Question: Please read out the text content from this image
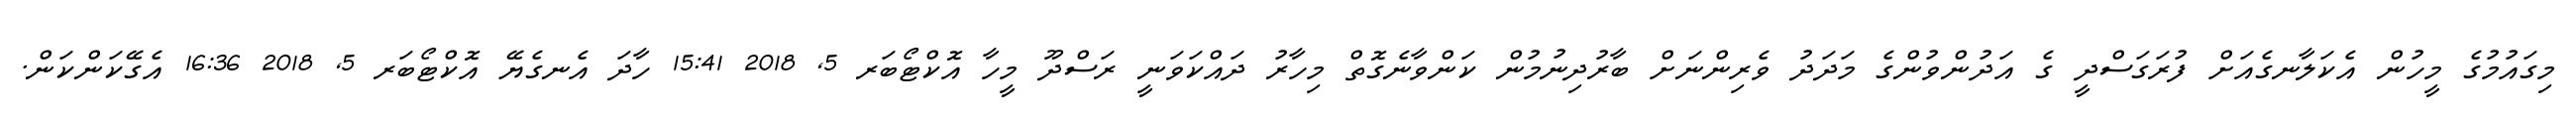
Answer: މިގައުމުގެ މީހުން އެކަލާނގެއަށް ފުރަގަސްދީ ގެ އަދުންވުންގެ މަދަދު ވެރިންނަށް ބާރުދިނުމުން ކަންވާނެގޮތް މިހާރު ދައްކަވަނީ ރަސްދޫ މީހާ އޮކްޓޯބަރ 5, 2018 15:41 ހާދަ އެނގެޔޭ އޮކްޓޯބަރ 5, 2018 16:36 އެގޭކަންކަން.